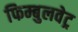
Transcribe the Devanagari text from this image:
फिम्बुलवेट्र